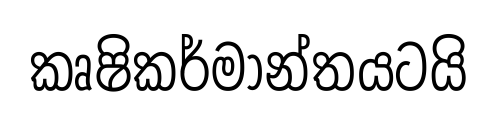
කෘෂිකර්මාන්තයටයි